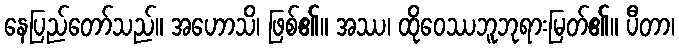
နေပြည်တော်သည်။ အဟောသိ၊ ဖြစ်၏။ အဿ၊ ထိုဝေဿဘူဘုရားမြတ်၏။ ပီတာ၊